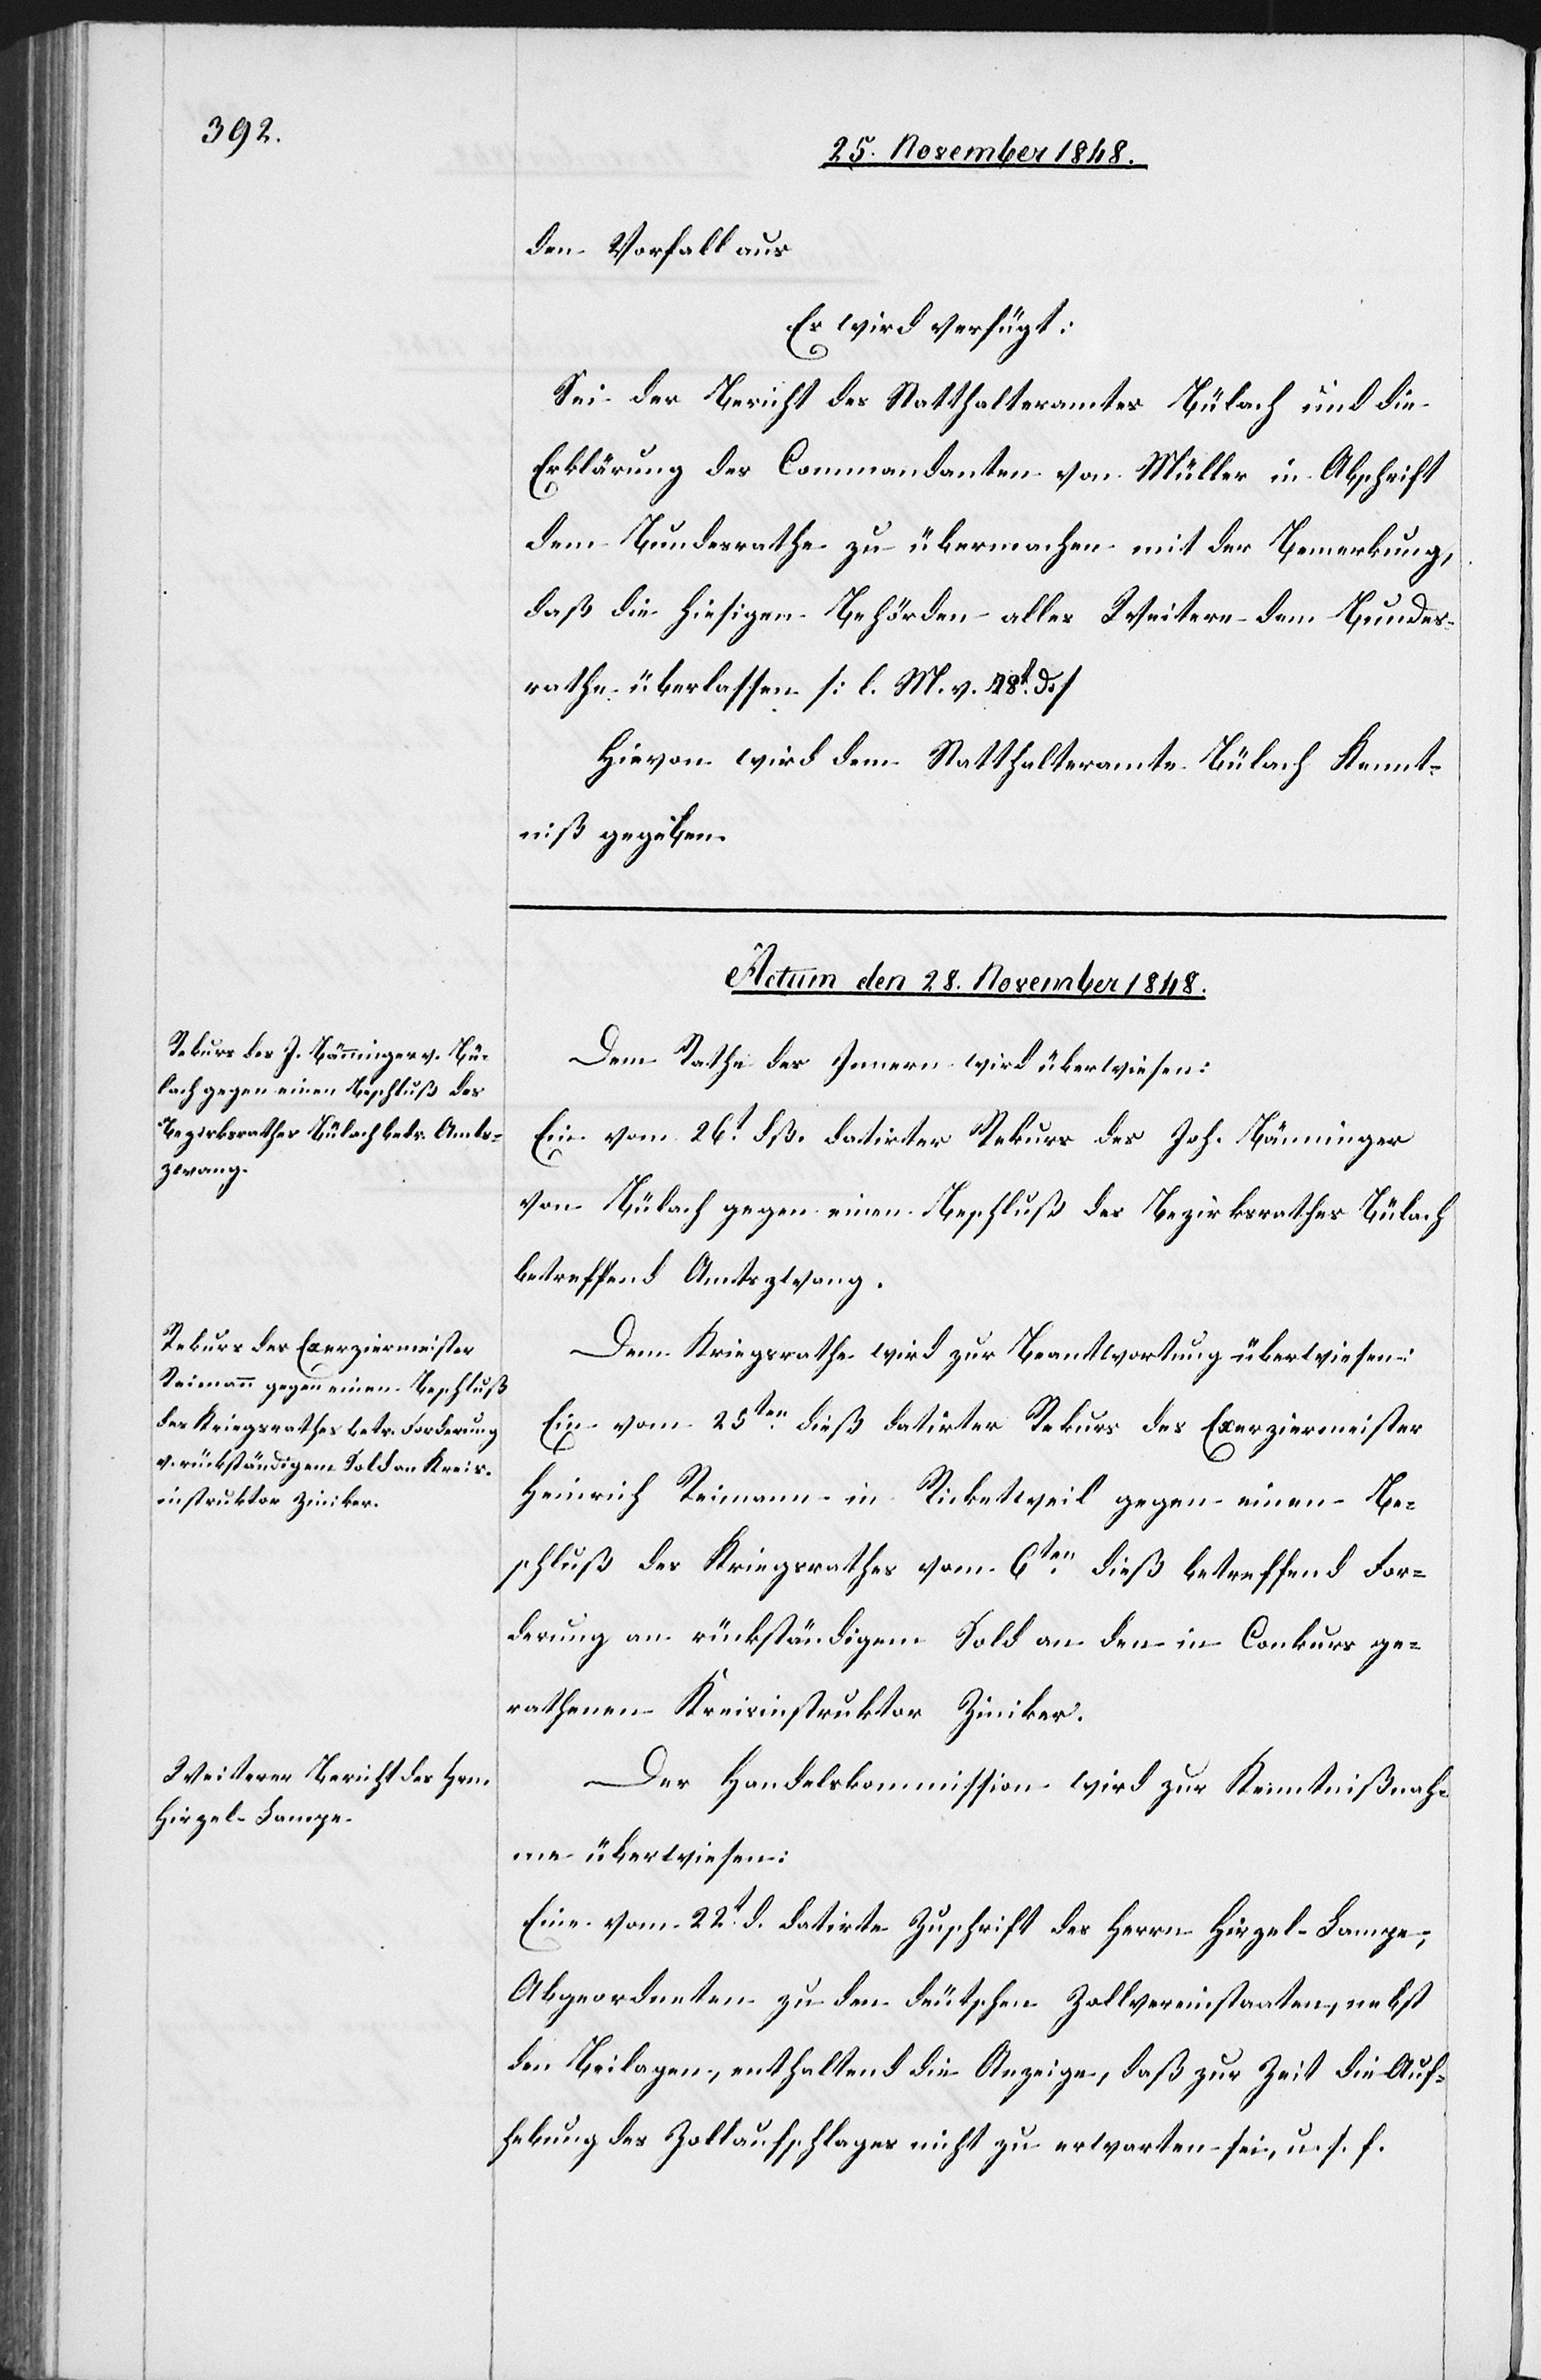
den Vorfall aus
Es wird verfügt:
Sei der Bericht des Statthalteramtes Bülach und die
Erklärung des Commandanten von Müller in Abschrift
dem Bundesrathe zu übermachen mit der Bemerkung,
daß die hiesigen Behörden alles Weitere dem Bundes¬
rathe überlassen [l. M. v. 28t d.]
Hievon wird dem Statthalteramte Bülach Kennt¬
niß gegeben.
Actum den 28. November 1848.]
Dem Rathe des Innern wird überwiesen:
Ein vom 26t dß. datirter Rekurs des Joh. Bänninger
von Bülach gegen einen Beschluß des Bezirksrathes Bülach
betreffend Amtszwang.
Dem Kriegsrathe wird zur Beantwortung überwiesen:
Ein vom 25ten dieß datirter Rekurs des Exerziermeister
Heinrich Reimann in Ricketweil gegen einen Be¬
schluß des Kriegsrathes vom 6ten dieß betreffend For¬
derung an rückständigem Sold an den in Conkurs ge¬
rathenen Kreisinstruktor Ziniker.
Der Handelskommission wird zur Kenntnißnah¬
me überwiesen:
Eine vom 22t d. datirte Zuschrift des Herrn Hirzel-Lampe,
Abgeordneten zu den deutschen Zollvereinstaaten, nebst
den Beilagen, enthaltend die Anzeige, daß zur Zeit die Auf¬
hebung des Zollaufschlages nicht zu erwarten sei, u. s. f.